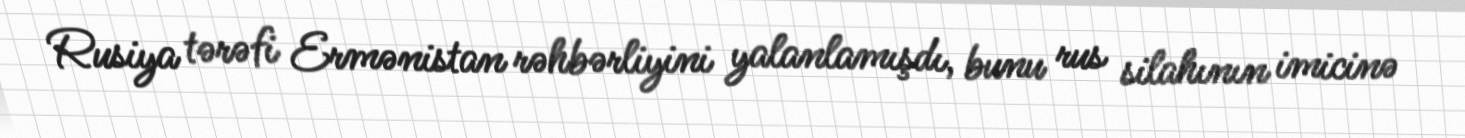
Rusiya tərəfi Ermənistan rəhbərliyini yalanlamışdı, bunu rus silahının imicinə